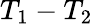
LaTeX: T_{1}-T_{2}